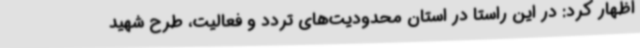
اظهار کرد: در این راستا در استان محدودیت‌های تردد و فعالیت، طرح شهید